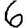
Digit: 6